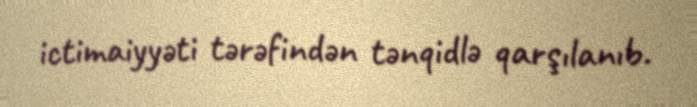
ictimaiyyəti tərəfindən tənqidlə qarşılanıb.